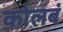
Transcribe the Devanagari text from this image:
कोलबं